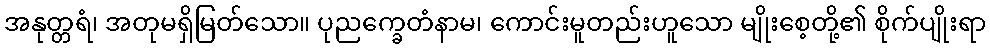
အနုတ္တရံ၊ အတုမရှိမြတ်သော။ ပုညက္ခေတံနာမ၊ ကောင်းမူတည်းဟူသော မျိုးစေ့တို့၏ စိုက်ပျိုးရာ